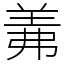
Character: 羛